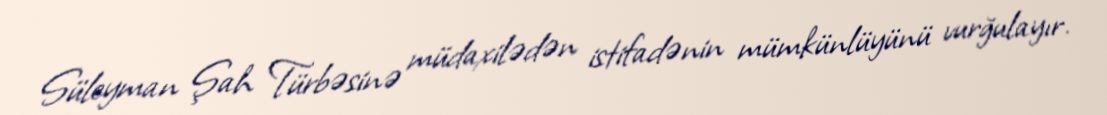
Süleyman Şah Türbəsinə müdaxilədən istifadənin mümkünlüyünü vurğulayır.